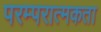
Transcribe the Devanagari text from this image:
परम्परात्मकता